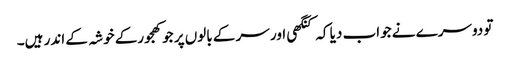
تو دوسرے نے جواب دیا کہ کنگھی اور سر کے بالوں پر جو کھجورکے خوشہ کے اندر ہیں۔